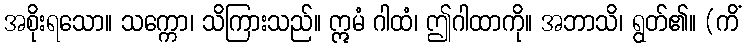
အစိုးရသော။ သက္ကော၊ သိကြားသည်။ ဣမံ ဂါထံ၊ ဤဂါထာကို။ အဘာသိ၊ ရွတ်၏။ (ကိံ